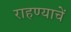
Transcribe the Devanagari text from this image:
राहण्याचें